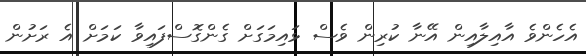
އެހެންވެ އާއިލާއިން އޭނާ ކުރިން ވެސް ޅައިމަގަށް ގެންގޮސްފައިވާ ކަމަށް އެ ރަށުން